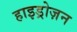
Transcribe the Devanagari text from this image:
हाइड्रोज़न